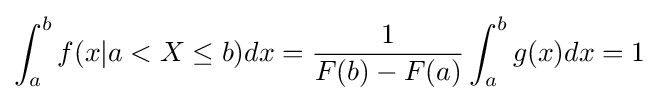
\int _{a}^{b}f(x|a<X\leq b)dx={\frac {1}{F(b)-F(a)}}\int _{a}^{b}g(x)dx=1